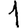
Digit: 1